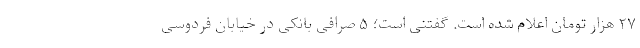
۲۷ هزار تومان اعلام شده است. گفتنی است؛ ۵ صرافی بانکی در خیابان فردوسی